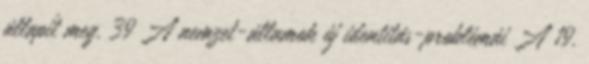
állapít meg. 39 A nemzet-államok új identitás-problémái A 19.